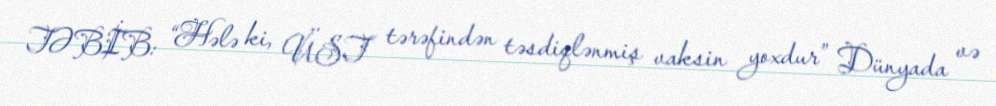
TƏBİB: “Hələ ki, ÜST tərəfindən təsdiqlənmiş vaksin yoxdur” Dünyada və